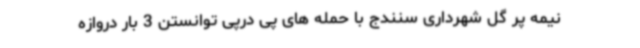
نیمه پر گل شهرداری سنندج با حمله های پی درپی توانستن 3 بار دروازه